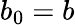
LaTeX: b_{0}=b